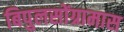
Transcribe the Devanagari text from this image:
बिपुलसोंग्रामास